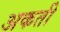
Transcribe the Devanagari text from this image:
अकती